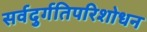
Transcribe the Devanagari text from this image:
सर्वदुर्गतिपरिशोधन